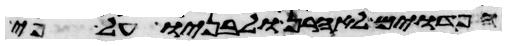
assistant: הפדוים לאהרן ולבניו על פי